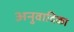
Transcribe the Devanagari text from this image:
अनुवादिका